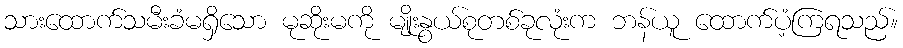
သားထောက်သမီးခံမရှိသော မုဆိုးမကို မျိုးနွယ်စုတစ်ခုလုံးက ဘန်ယူ ထောက်ပံ့ကြရသည်။